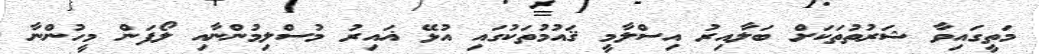
މަތީގައިވާ ޝަރުތުތަކަށް ބަލާއިރު އިސްލާމީ ޤައުމުތަކުގައި އުޅޭ ޣައިރު މުސްލިމުންނާއި ލޯފަން މީހުންނާ